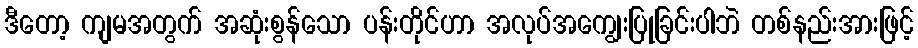
ဒီတော့ ကျမအတွက် အဆုံးစွန်သော ပန်းတိုင်ဟာ အလုပ်အကျွေးပြုခြင်းပါဘဲ တစ်နည်းအားဖြင့်